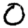
Digit: 0